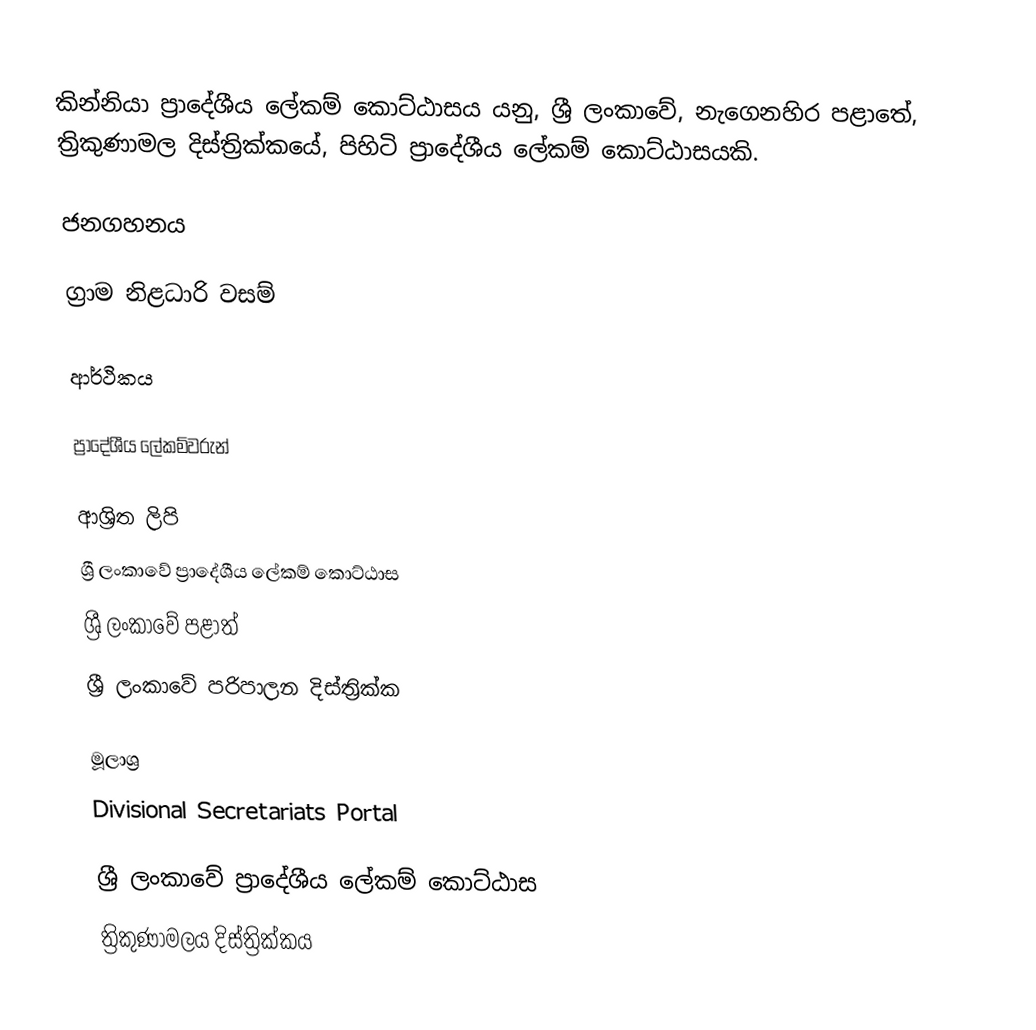
කින්නියා ප්‍රාදේශීය ලේකම් කොට්ඨාසය යනු,  ශ්‍රී ලංකාවේ, නැගෙනහිර පළාතේ,   ත්‍රිකුණාමල දිස්ත්‍රික්කයේ, පිහිටි ප්‍රාදේශීය ලේකම් කොට්ඨාසයකි.

ජනගහනය

ග්‍රාම නිළධාරි වසම්

ආර්ථිකය

ප්‍රාදේශීය ලේකම්වරුන්

ආශ්‍රිත ලිපි
ශ්‍රී ලංකාවේ ප්‍රාදේශීය ලේකම් කොට්ඨාස
ශ්‍රී ලංකාවේ පළාත්
ශ්‍රී ලංකාවේ පරිපාලන දිස්ත්‍රික්ක

මූලාශ්‍ර
 Divisional Secretariats Portal

ශ්‍රී ලංකාවේ ප්‍රාදේශීය ලේකම් කොට්ඨාස
ත්‍රිකුණාමලය දිස්ත්‍රික්කය